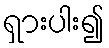
ရှားပါး၍